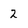
Character: 2